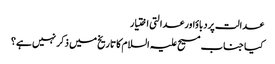
عدالت پردباؤاور عدالتی اختیار
کیا جناب مسیح علیہ السلام کا تاریخ میں ذکر نہیں ہے؟